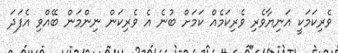
ވެރިކަމަކީ އަނިޔާވެރި ވެރިކަމެއް ކަމަށް ބުނެ އެ ވެރިކަން ނިންމަން ބޭއްވި އެފަދަ